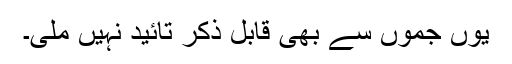
یوں جموں سے بھی قابلِ ذکر تائید نہیں ملی۔